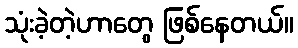
သုံးခဲ့တဲ့ဟာတွေ ဖြစ်နေတယ်။